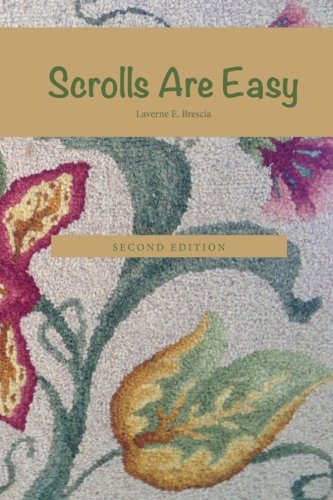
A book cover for Scrolls Are Easy; Laverne E. Brescia; Crafts, Hobbies & Home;